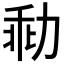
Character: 㔞